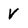
Character: V